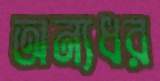
অন্যধর